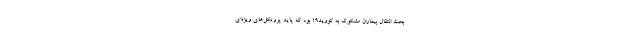
بحث انتقال بیماران مشکوک به کووید١٩ بود که پاید پروتکل‌های ویژه‌ای